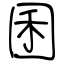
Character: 囷